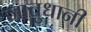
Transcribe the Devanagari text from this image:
जातुधानी